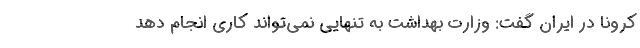
کرونا در ایران گفت: وزارت بهداشت به تنهایی نمی‌تواند کاری انجام دهد